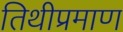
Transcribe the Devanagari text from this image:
तिथीप्रमाण